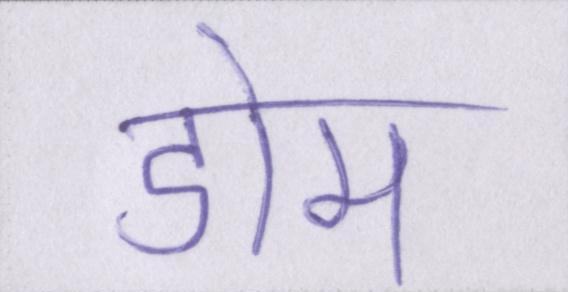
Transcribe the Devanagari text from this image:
डोम